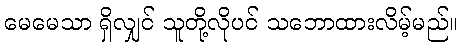
မေမေသာ ရှိလျှင် သူတို့လိုပင် သဘောထားလိမ့်မည်။